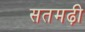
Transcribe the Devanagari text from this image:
सतमढ़ी